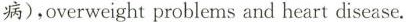
病),overweight problems and heart discase.